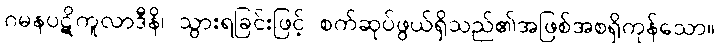
ဂမနပဋိကူလာဒီနိ၊ သွားရခြင်းဖြင့် စက်ဆုပ်ဖွယ်ရှိသည်၏အဖြစ်အစရှိကုန်သော။